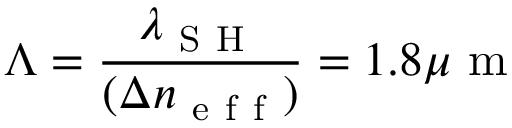
\Lambda = \frac { \lambda _ { \mathrm { ~ S ~ H ~ } } } { ( \Delta n _ { \mathrm { ~ e ~ f ~ f ~ } } ) } = 1 . 8 \mu \mathrm { ~ m ~ }